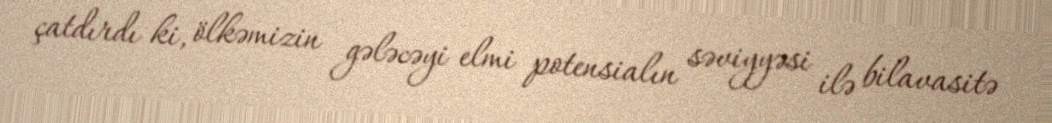
çatdırdı ki, ölkəmizin gələcəyi elmi potensialın səviyyəsi ilə bilavasitə